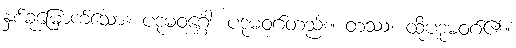
နှစ်ခုမြောက်သော။ ပဒုမဝဂ္ဂေါ၊ ပဒုမဝဂ်တည်း။ တဿ၊ ထိုပဒုမဝဂ်၏။